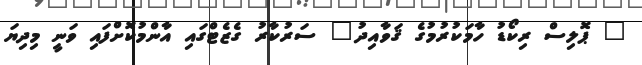
" ޕޮލިސް ރިކޯޑު ހާމަކުރުމުގެ ޤަވާއިދު" ސަރުކާރު ގެޒެޓްގައި އާންމުކޮށްފައި ވަނީ މިދިޔަ